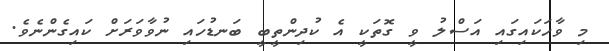
މި ވާހަކައިގައި އަސްލު ވީ ގޮތަކީ އެ ކުދިންތީބީ ބަނޑުހައި ނުވާވަރަށް ކައިގެންނެވެ.